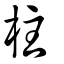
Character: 柱